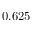
0 . 6 2 5